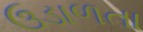
ઉડાળતા